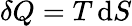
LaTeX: \delta Q=T\, \mathrm{d}S